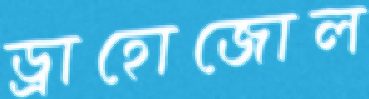
ড্রাহোজোল